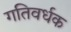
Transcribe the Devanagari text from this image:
गतिवर्धक